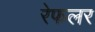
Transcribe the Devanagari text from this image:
रेफलर